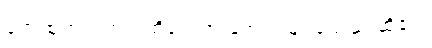
ဖော်ထုတ်ရာတွင် ထိရောက် အောင်မြင်ခဲ့သည် ဆို၏။